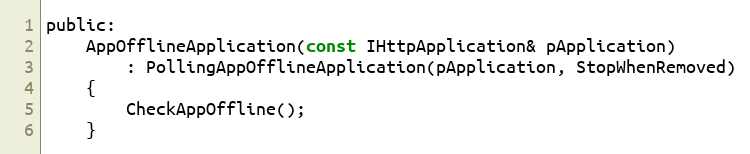
Language: C
public:
    AppOfflineApplication(const IHttpApplication& pApplication)
        : PollingAppOfflineApplication(pApplication, StopWhenRemoved)
    {
        CheckAppOffline();
    }